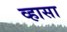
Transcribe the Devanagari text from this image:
व्हासा